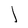
Character: l